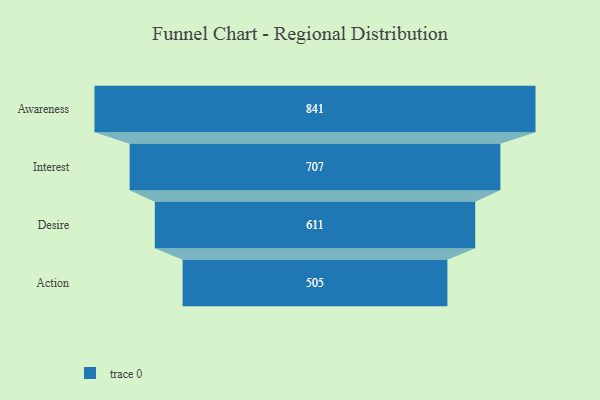
{"axis": {"x": "Stage", "y": "Value"}, "legend": [""], "data": [{"x": "Awareness", "y": 841.0, "type": ""}, {"x": "Interest", "y": 707.0, "type": ""}, {"x": "Desire", "y": 611.0, "type": ""}, {"x": "Action", "y": 505.0, "type": ""}]}